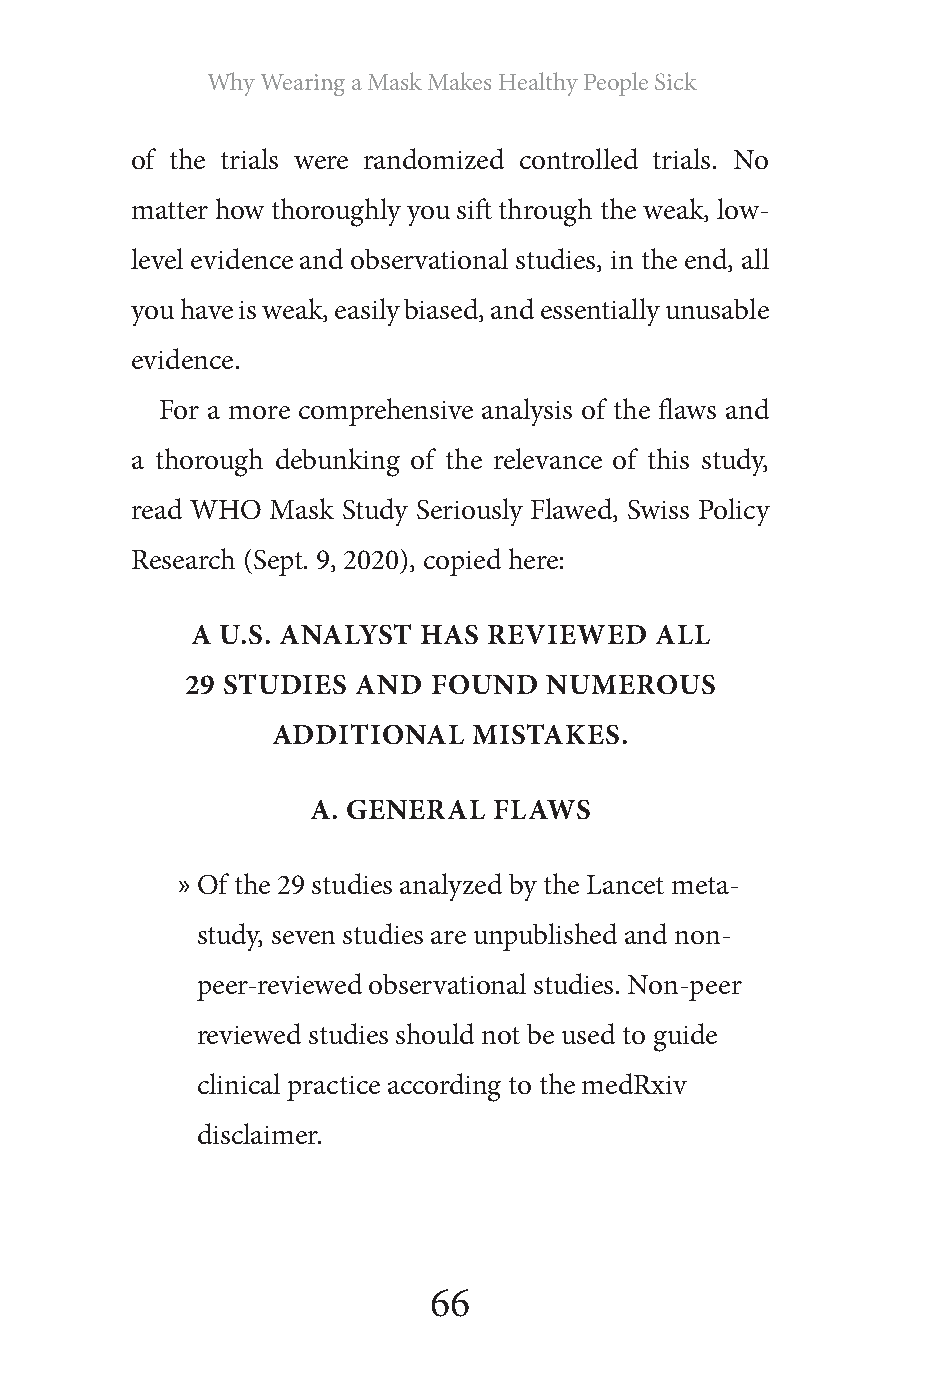
Why Wearing a Mask Makes Healthy People Sick
 of the trials were randomized controlled trials. No
 matter how thoroughly you sift through the weak, low-
 level evidence and observational studies, in the end, all
 you have is weak, easily biased, and essentially unusable
 evidence.
 For a more comprehensive analysis of the flaws and
 a thorough debunking of the relevance of this study,
 read WHO Mask Study Seriously Flawed, Swiss Policy
 Research (Sept. 9, 2020), copied here:
 A U.S. ANALYST HAS REVIEWED   ALL
 29 STUDIES  AND  FOUND  NUMEROUS
 ADDITIONAL   MISTAKES.
 A. GENERAL   FLAWS
 » Of the 29 studies analyzed by the Lancet meta-
 study, seven studies are unpublished and non-
 peer-reviewed observational studies. Non-peer
 reviewed studies should not be used to guide
 clinical practice according to the medRxiv
 disclaimer.
 66